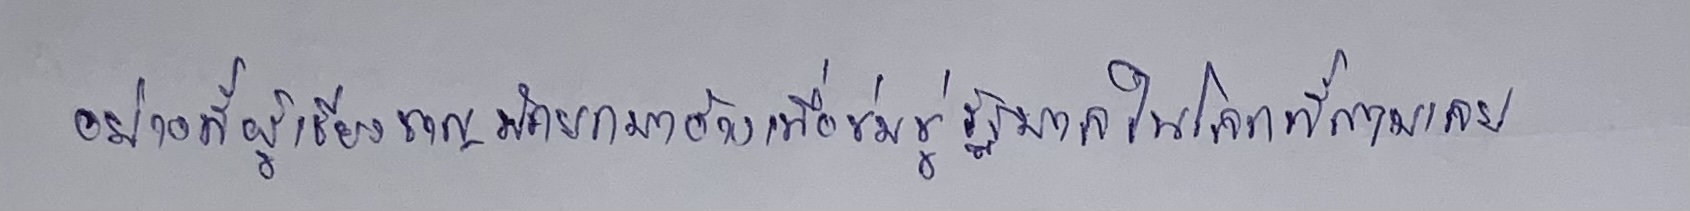
อย่างที่ผู้เชี่ยวชาญมักยกมาอ้างเพื่อข่มขู่รัฐบาลในโลกที่สามเลย